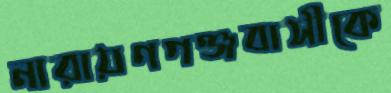
নারায়ণগঞ্জবাসীকে